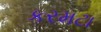
કરમટા